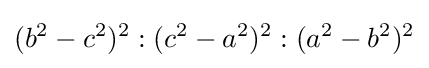
(b^{2}-c^{2})^{2}:(c^{2}-a^{2})^{2}:(a^{2}-b^{2})^{2}